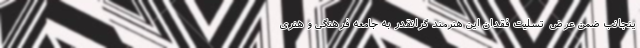
ینجانب ضمن عرض  تسلیت فقدان این هنرمند گرانقدر به جامعه فرهنگی و هنری